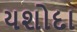
યશોદા